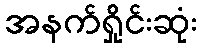
အနက်ရှိုင်းဆုံး